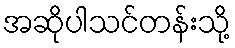
အဆိုပါသင်တန်းသို့